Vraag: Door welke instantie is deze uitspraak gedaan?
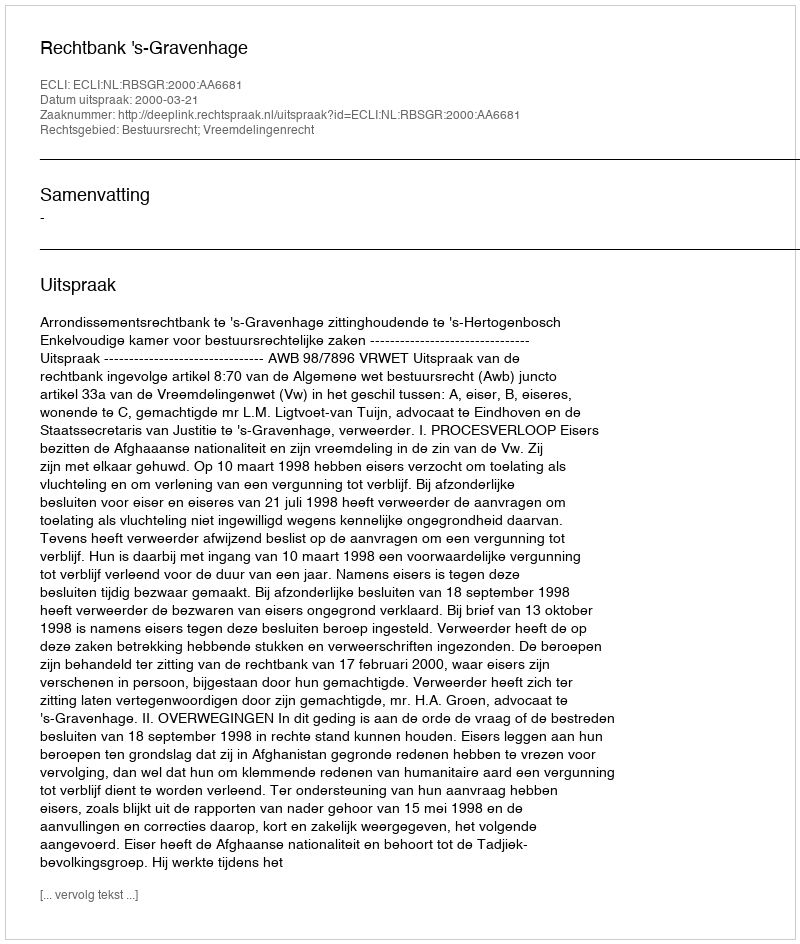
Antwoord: Rechtbank 's-Gravenhage